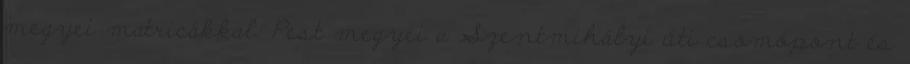
megyei matricákkal: Pest megyei a Szentmihályi úti csomópont és